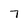
Character: 7